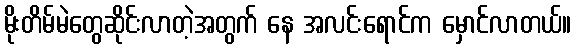
မိုးတိမ်မဲတွေဆိုင်းလာတဲ့အတွက် နေ အလင်းရောင်က မှောင်လာတယ်။